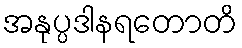
အနုပ္ပဒါနရတောတိ